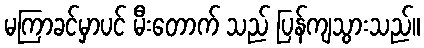
မကြာခင်မှာပင် မီးတောက် သည် ပြန်ကျသွားသည်။